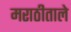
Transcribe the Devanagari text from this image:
मराठीताले